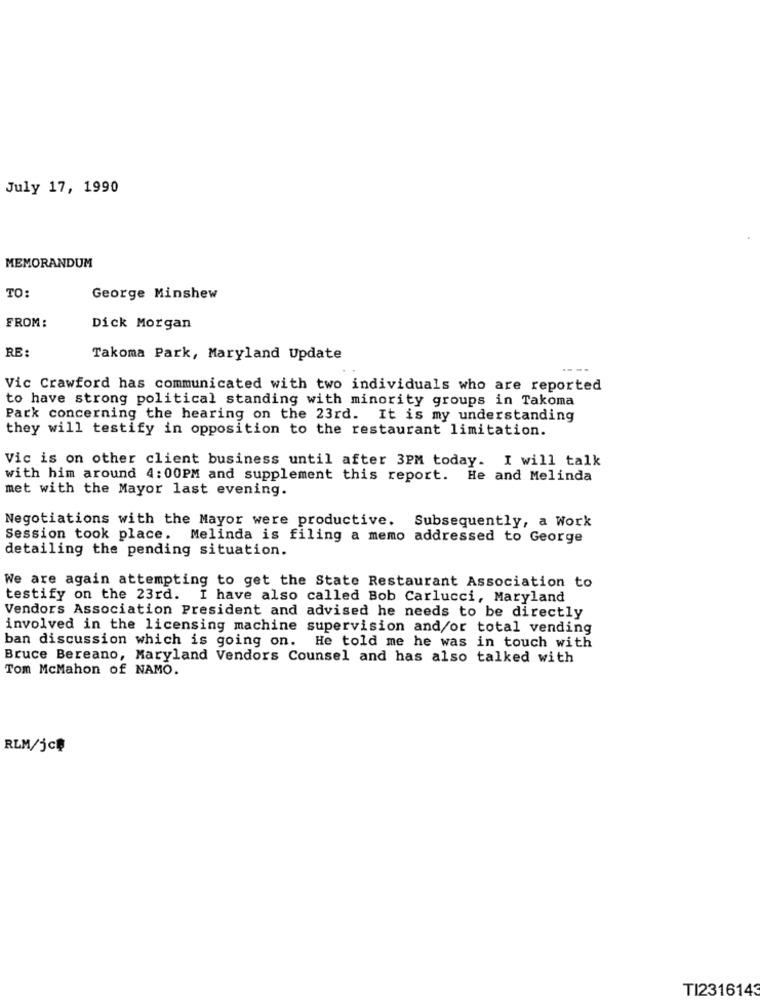
July 17, 1990
MEMORANDUM
TO:
George Minshew
FROM:
Dick Morgan
RE:
Takoma Park, Maryland Update
----
Vic Crawford has communicated with two individuals who are reported
to have strong political standing with minority groups in Takoma
Park concerning the hearing on the 23rd. It is my understanding
they will testify in opposition to the restaurant limitation.
Vic is on other client business until after 3PM today. I will talk
with him around 4:00PM and supplement this report. He and Melinda
met with the Mayor last evening.
Negotiations with the Mayor were productive. Subsequently, a Work
Session took place.
Melinda is filing a memo addressed to George
detailing the pending situation.
We are again attempting to get the State Restaurant Association to
testify on the 23rd. I have also called Bob Carlucci, Maryland
Vendors Association President and advised he needs to be directly
involved in the licensing machine supervision and/or total vending
ban discussion which is going on. He told me he was in touch with
Bruce Bereano, Maryland Vendors Counsel and has also talked with
Tom McMahon of NAMO.
RLM/jcĘ
TI2316143